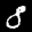
Label: 8